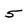
Character: 5